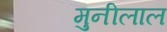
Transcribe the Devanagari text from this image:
मुनीलाल